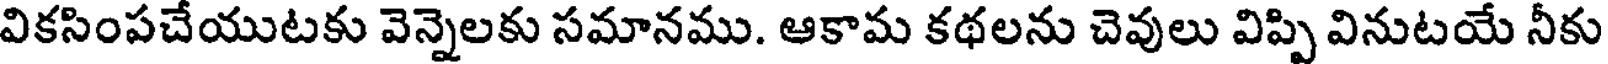
వికసింపచేయుటకు వెన్నెలకు సమానము. ఆకామ కథలను చెవులు విప్పి వినుటయే నీకు